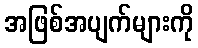
အဖြစ်အပျက်များကို